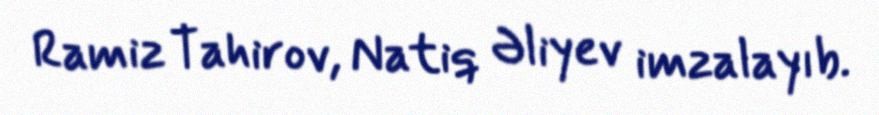
Ramiz Tahirov, Natiq Əliyev imzalayıb.